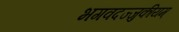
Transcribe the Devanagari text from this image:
भगवदज्जुकीयम्‌